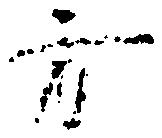
方